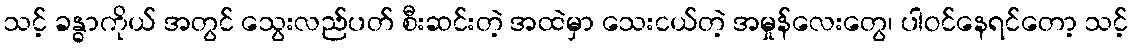
သင့် ခန္ဓာကိုယ် အတွင် သွေးလည်ပတ် စီးဆင်းတဲ့ အထဲမှာ သေးငယ်တဲ့ အမှုန်လေးတွေ၊ ပါဝင်နေရင်တော့ သင့်